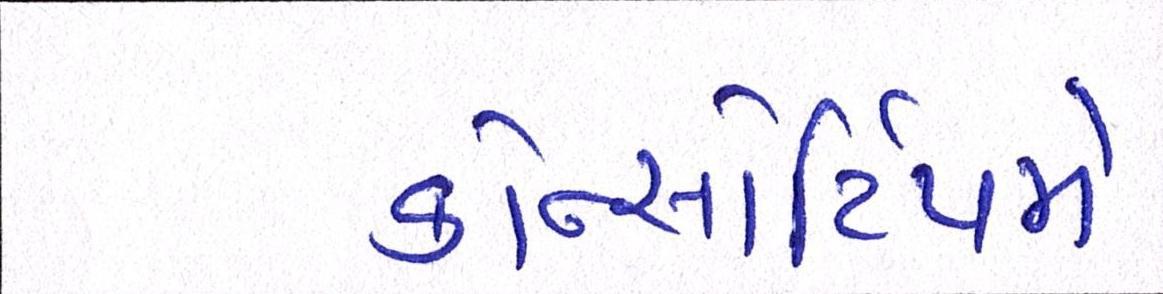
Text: કોન્સોર્ટિયમે